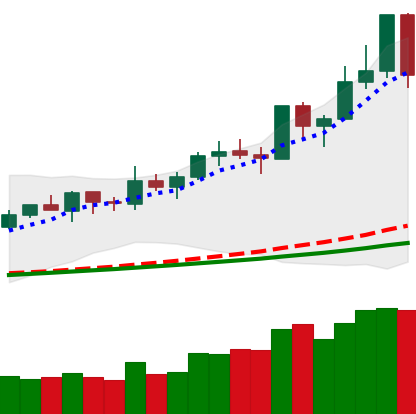
Ticker: NEO-USD
Chart end date: 2020-02-15
Forward return: -6.231%
Label: down_5_7